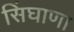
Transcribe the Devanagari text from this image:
सिंघाणा